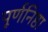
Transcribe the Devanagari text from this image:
पूर्णनिष्ठा